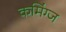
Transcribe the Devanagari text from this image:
कमिंग्ज